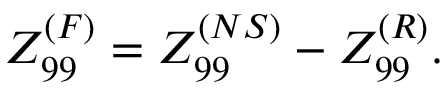
Z _ { 9 9 } ^ { ( F ) } = Z _ { 9 9 } ^ { ( N S ) } - Z _ { 9 9 } ^ { ( R ) } .